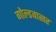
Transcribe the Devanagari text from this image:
गोल्डवासर